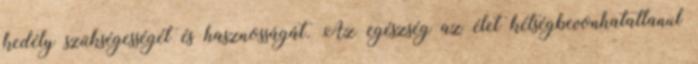
kedély szükségességét és hasznosságát. Az egészség az élet kétségbevonhatatlanul